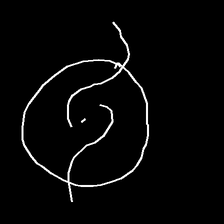
Glyph: repetition